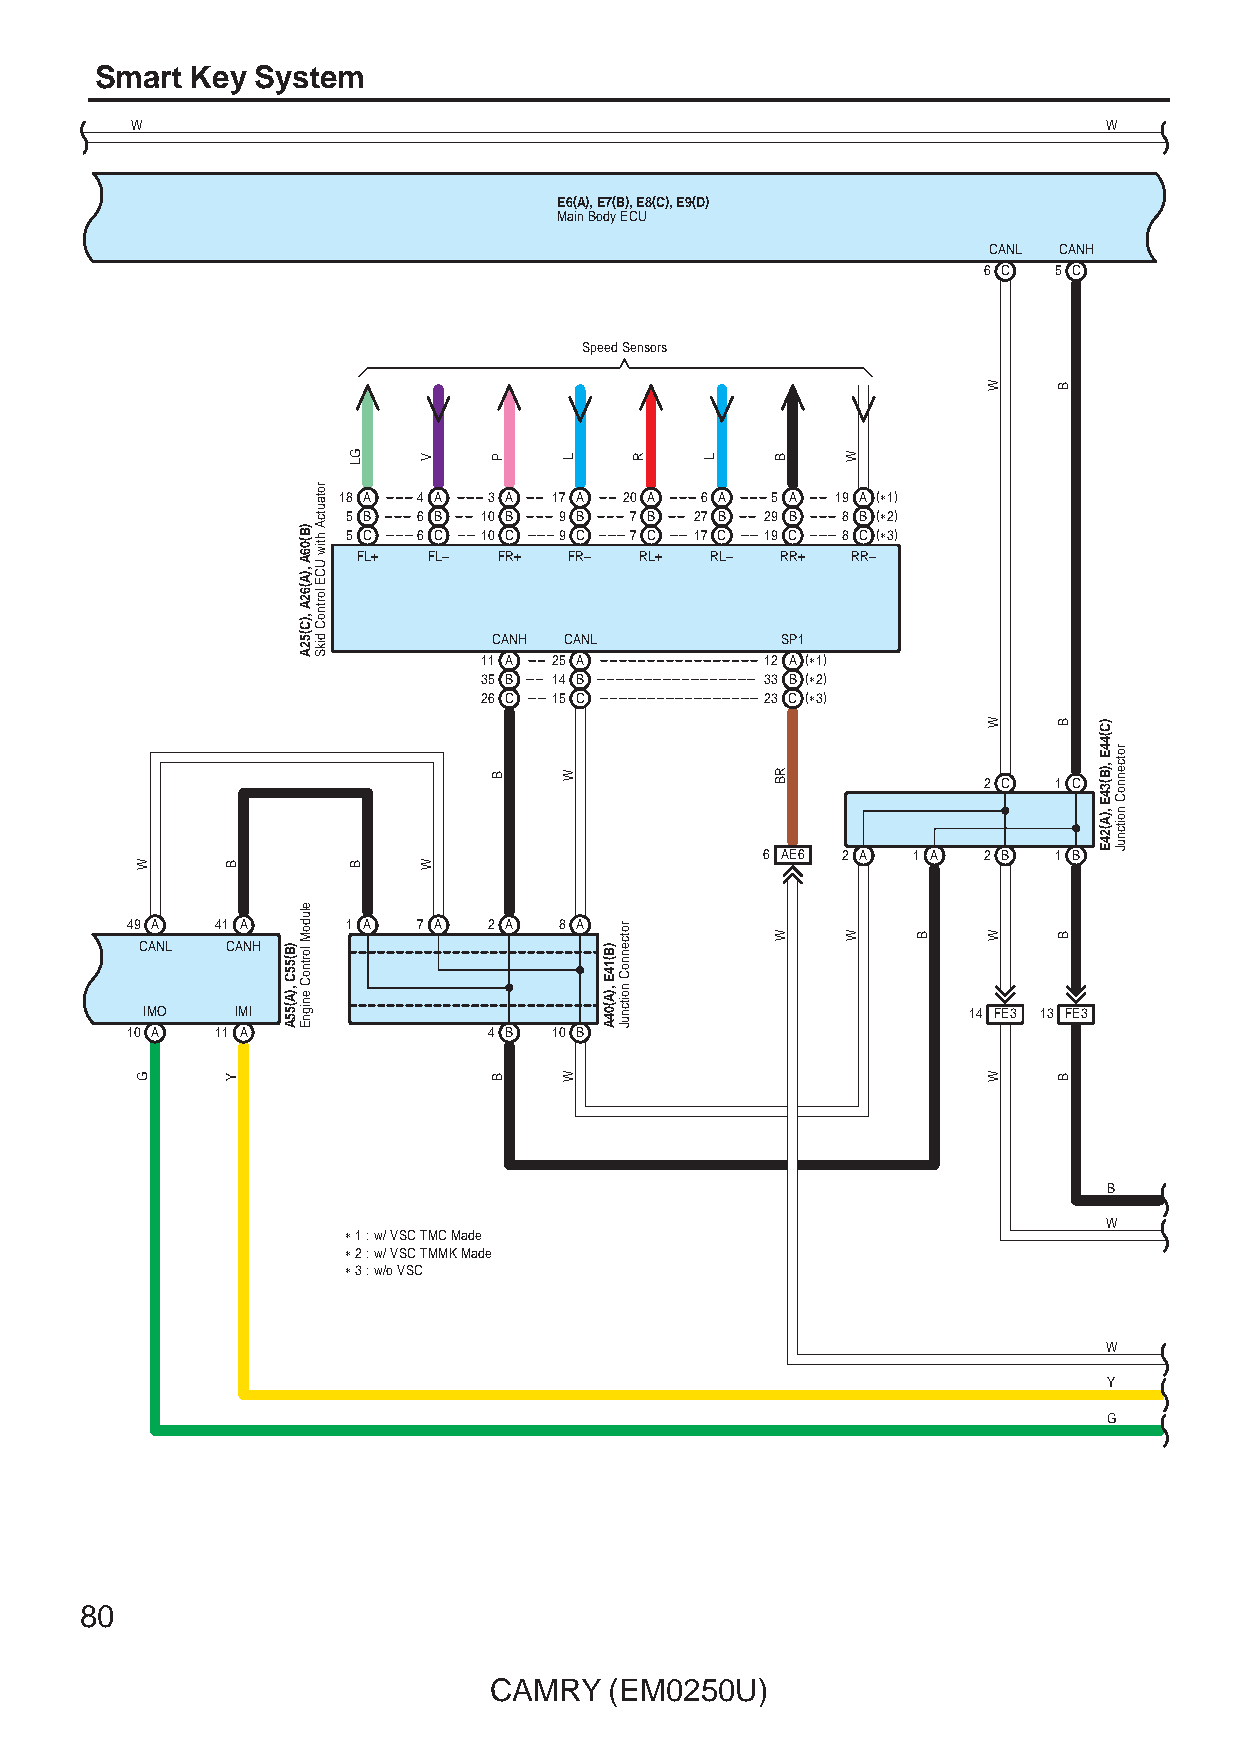
Smart  Key System
 W                                                               W
 E6(A), E7(B), E8(C), E9(D)
 Main Body ECU
 CANL CANH
 6 C  5 C
 Speed Sensors
 18 A  4 A 3 A  17 A 20 A 6 A 5 A 19 A (∗1)
 5 B  6 B 10 B 9 B  7 B 27 B 29 B 8 B (∗2)
 5 C  6 C 10 C 9 C  7 C 17 C 19 C 8 C (∗3)
 FL+ FL–  FR+  FR– RL+  RL–  RR+ RR–
 CANH CANL          SP1
 11 A 25 A          12 A (∗1)
 35 B 14 B          33 B (∗2)
 26 C 15 C          23 C (∗3)
 2 C  1 C
 6 AE6 2 A 1 A 2 B  1 B
 49 A  41 A     1 A  7 A 2 A  8 A
 CANL  CANH
 IMO    IMI                                             14 FE3 13 FE3
 10 A  11 A              4 B  10 B
 B
 W
 ∗ 1 : w/ VSC TMC Made
 ∗ 2 : w/ VSC TMMK Made
 ∗ 3 : w/o VSC
 W
 Y
 G
 80
 CAMRY   (EM0250U)
 W
 G
 B
 Y
 )B(55C
 ,)A(55A
 )B(06A
 ,)A(62A
 ,)C(52A
 eludoM
 lortnoC
 enignE
 rotautcA
 htiw
 UCE
 lortnoC
 dikS
 GL
 B
 V
 W
 P
 B
 B
 L
 W
 W
 )B(14E
 ,)A(04A
 rotcennoC
 noitcnuJ
 R    L   B
 RB
 W
 W
 W    B
 W
 W
 W
 W
 B
 B
 B
 B
 )C(44E
 ,)B(34E
 ,)A(24E
 rotcennoC
 noitcnuJ